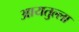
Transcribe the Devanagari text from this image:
आयतुल्ला